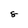
Character: 8